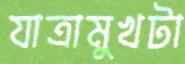
যাত্রামুখটা